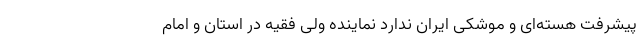
پیشرفت هسته‌ای و موشکی ایران ندارد نماینده ولی فقیه در استان و امام